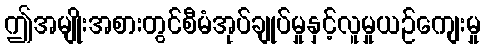
ဤအမျိုးအစားတွင်စီမံအုပ်ချုပ်မှုနှင့်လူမှုယဉ်ကျေးမှု